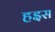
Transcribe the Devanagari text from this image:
हइस